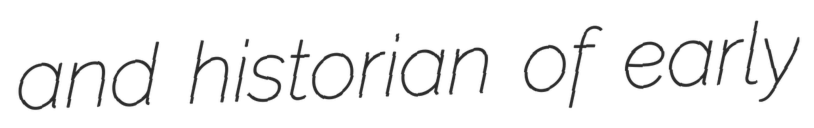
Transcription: and historian of early